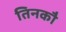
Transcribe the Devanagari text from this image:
तिनकौ